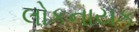
લોકનાયક